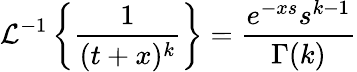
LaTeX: \mathcal{L}^{-1}\left\{ \frac{1}{(t+x)^{k}}\right\} =\frac{e^{-xs}s^{k-1}}{\Gamma(k)}